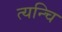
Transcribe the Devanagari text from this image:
त्यन्चि